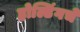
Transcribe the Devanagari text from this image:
होल्डिंगचे